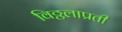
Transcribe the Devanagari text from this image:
विठ्ठलाप्रती